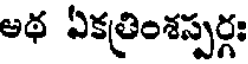
అథ ఏకత్రింశస్పర్గః